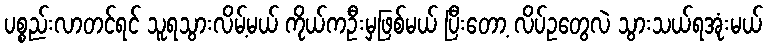
ပစ္စည်းလာတင်ရင် သူရသွားလိမ့်မယ် ကိုယ်ကဦးမှဖြစ်မယ် ပြီးတော့ လိပ်ဥတွေလဲ သွားသယ်ရအုံးမယ်